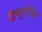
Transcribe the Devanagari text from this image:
ट्रिव्यूटेरीज़